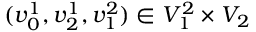
( v _ { 0 } ^ { 1 } , v _ { 2 } ^ { 1 } , v _ { 1 } ^ { 2 } ) \in V _ { 1 } ^ { 2 } \times V _ { 2 }